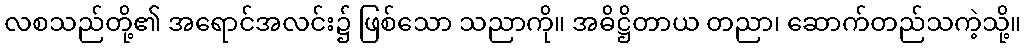
လစသည်တို့၏ အရောင်အလင်း၌ ဖြစ်သော သညာကို။ အဓိဋ္ဌိတာယ တညာ၊ ဆောက်တည်သကဲ့သို့။